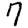
Digit: 7